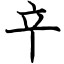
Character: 䇂